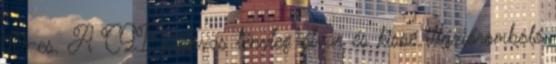
10-es. A CGI szarvas tényleg ótvar és kissé illúzióromboló